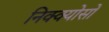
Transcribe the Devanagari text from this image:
निक्क्योसो